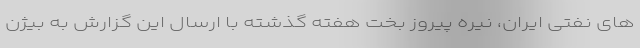
های نفتی ایران، نیره پیروز بخت هفته گذشته با ارسال این گزارش به بیژن